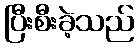
ပြီးစီးခဲ့သည်